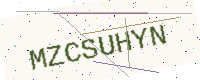
Text: MZCSUHYN